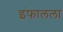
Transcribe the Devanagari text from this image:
इंफालला